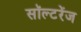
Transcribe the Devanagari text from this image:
सॉल्टरेंज